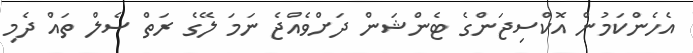
އެހެންކަމުން އޮކްސިޖަންގެ ޓެންޝަން ދަށްވެއްޖެ ނަމަ ލޭގެ ރަތް ސެލް ތައް ދެމި